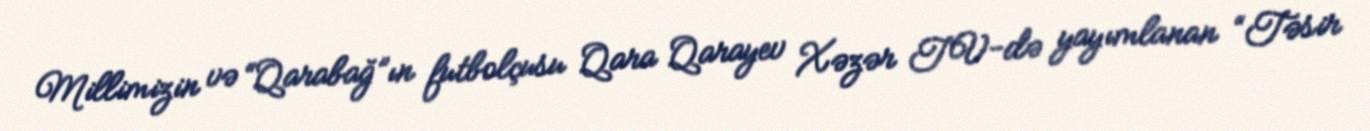
Millimizin və “Qarabağ”ın futbolçusu Qara Qarayev Xəzər TV-də yayımlanan “Təsir